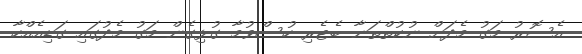
އެސޮރު މަގު މެދަށް ނުކުތްތަނާ ބެޓެރި ހުސްވުމާ ގުޅިގެން މަގު މެދުގައި ގަޑިއެއްހާ